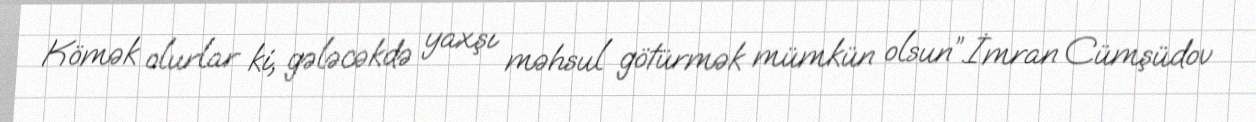
Kömək olurlar ki, gələcəkdə yaxşı məhsul götürmək mümkün olsun”.İmran Cümşüdov